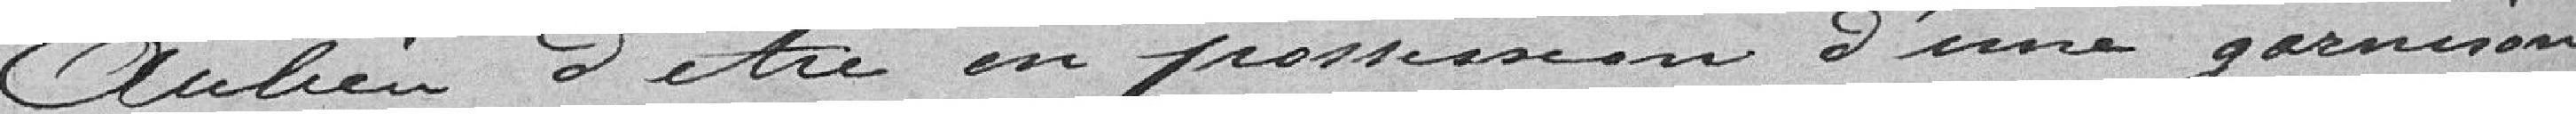
Au lieu d'être en possession d'une garnison